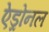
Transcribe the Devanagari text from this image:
ऐड्रोनल